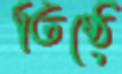
তিষ্ঠে